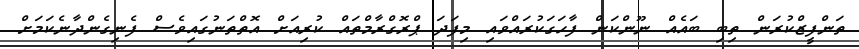
ތަންފީޒްކުރަން ތިބި ބައެއް ނޫންކަން ފާހަގަކުރައްވައި މިފަދަ ޕްރޮގްރާމްތައް ކުރިއަށް އޮތްތަނުގައިވެސް ފެނިގެންދާނެކަމަށް